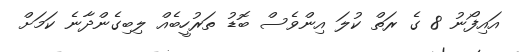
އައިފޯނު 8 ގެ ރަތް ކުލަ އިންވެސް ބޮޑު ތަރުހީބެއް ލިބިގެންދާނެ ކަމަށް